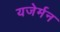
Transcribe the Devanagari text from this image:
यजेर्मन